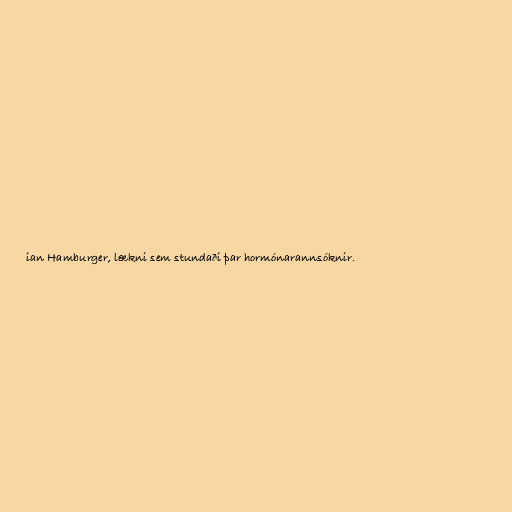
ian Hamburger, lækni sem stundaði þar hormónarannsóknir.